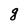
Character: g